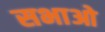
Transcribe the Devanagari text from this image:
सभाओ